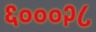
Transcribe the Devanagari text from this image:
६०००२८